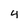
Character: 4